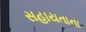
સહાયતાના